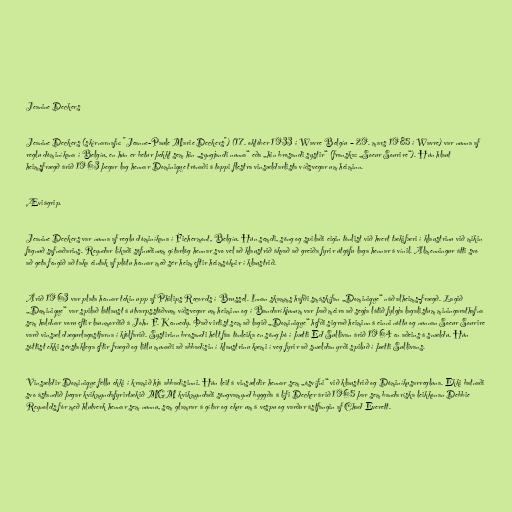
Jeanine Deckers

Jeanine Deckers (skírnarnafn: "Jeanne-Paule Marie Deckers") (17. október 1933 í Wavre Belgíu – 29. mars 1985 í Wavre) var nunna af
reglu dóminíkana í Belgíu, en hún er betur þekkt sem hin „syngjandi nunna“ eða „hin brosandi systir“ (franska: „Soeur Sourire“). Hún hlaut
heimsfrægð árið 1963 þegar lag hennar Dominique trónaði á toppi flestra vinsældarlista víðsvegar um heiminn.

Æviágrip.

Jeanine Deckers var nunna af reglu dóminíkana í Fichermont, Belgíu. Hún semdi, söng og spilaði eigin tónlist við hvert tækifæri í klaustrinu við mikin
fögnuð safnaðarins. Reyndar líkaði söfnuðinum gítarlög hennar svo vel að klaustrið ákvað að greiða fyrir útgáfu laga hennar á vínil. Almenningur átti svo
að geta fengið að taka eintak af plötu hennar með sér heim eftir heimsóknir í klaustrið.

Árið 1963 var plata hennar tekin upp af Philips Records í Brussel. Innan skamms hafði smáskífan „Dominique“ náð alheims-frægð. Lagið
„Dominique“ var spilað látlaust á útvarpsstöðvum víðsvegar um heiminn og í Bandaríkjunum var það meira að segja látið fylgja lagalistum miningarathafna
sem haldnar voru eftir launmorðið á John F. Kennedy. Það virtist sem að lagið „Dominique“ hefði sigrað heiminn á einni nóttu og nunnan Soeur Sourire
varð vinsæl dægurlagastjarna í kjölfarið. Systirinn brosandi hélt fáa tónleika en söng þó í þætti Ed Sullivan árið 1964 en aðeins á snældu. Hún
sóttist ekki sérstaklega eftir frægð og litlu munaði að abbadísin í klaustrinu kæmi í veg fyrir að snældan yrði spiluð í þætti Sullivans.

Vinsældir Dominique féllu ekki í kramið hjá abbadísinni. Hún leit á vinsældir hennar sem „ósvífni“ við klaustrið og Dóminíkusarregluna. Ekki batnaði
svo ástandið þegar kvikmyndafyrirtækið MGM kvikmyndaði söngvamynd byggða á lífi Decker árið 1965 þar sem bandaríska leikkonan Debbie
Reynolds fór með hlutverk hennar sem nunnu, sem glamrar á gítar og ekur um á vespu og varður ástfangin af Chad Everett.